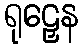
ရုဠှေန